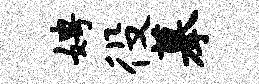
娉役摹